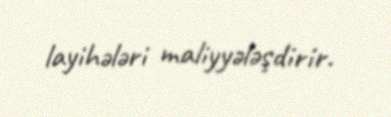
layihələri maliyyələşdirir.